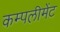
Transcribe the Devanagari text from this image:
कम्पलीमेंट